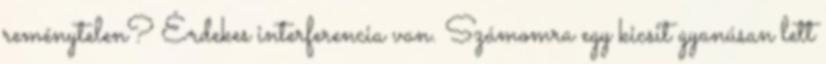
reménytelen? Érdekes interferencia van. Számomra egy kicsit gyanúsan lett